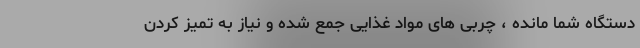
دستگاه شما مانده ، چربی های مواد غذایی جمع شده و نیاز به تمیز کردن